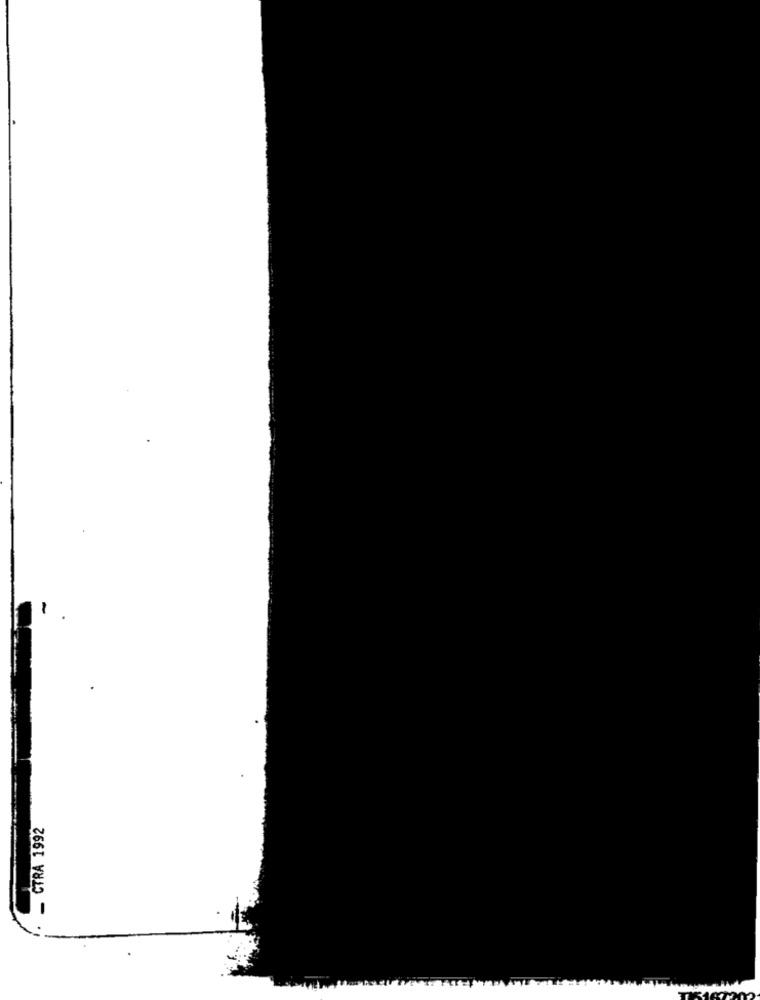
- CTRA 1992